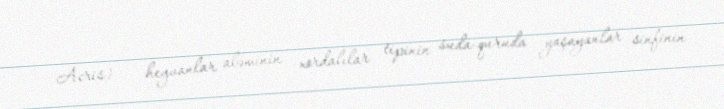
Acris) — heyvanlar aləminin xordalılar tipinin suda-quruda yaşayanlar sinfinin